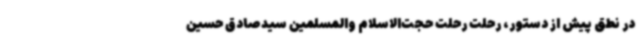
در نطق پیش از دستور، رحلت رحلت حجت‌الاسلام والمسلمین سیدصادق حسین